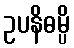
ဥပနိဓမ္ပိ